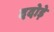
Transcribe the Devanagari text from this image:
ददोड़े